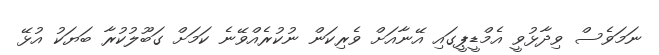
ނަމަވެސް ވިދާޅުވީ އެމްޑީޕީގައި އޭނާއަށް ވެރިކަން ނުކުރެއްވޭނެ ކަމަށް ގަބޫލުކުރާ ބަޔަކު އުޅޭ